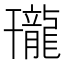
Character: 𪚒